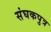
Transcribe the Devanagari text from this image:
संघकपुत्र